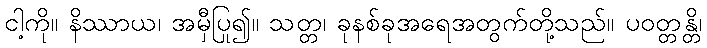
ငါ့ကို။ နိဿာယ၊ အမှီပြု၍။ သတ္တ၊ ခုနစ်ခုအရေအတွက်တို့သည်။ ပဝတ္တန္တိ၊